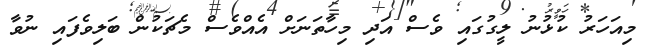
މިއަހަރު ކުޅުނު ލީގުގައި ވެސް އަދި މިހާތަނަށް އެއްވެސް މެޗަކުން ބަލިވެފައި ނުވާ